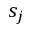
s _ { j }